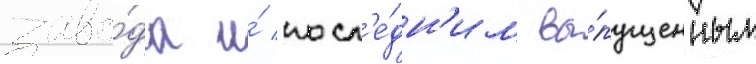
заво́да и́ посл'е́дн'им вы́пущенным